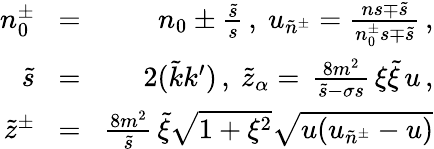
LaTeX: \begin{array}{rlr}{n_{0}^{\pm}\! }&{=}&{\! n_{0}\pm\frac{\tilde{s}}{s}\, ,\ u_{\tilde{n}^{\pm}}=\frac{ns\mp\tilde{s}}{n_{0}^{\pm}s\mp\tilde{s}}\, ,}\\ {\tilde{s}\! }&{=}&{\! 2(\tilde{k}k^{\prime})\, ,\ \tilde{z}_{\alpha}=\, \frac{8m^{2}}{\tilde{s}-\sigma s}\, \xi\tilde{\xi}\, u\, ,}\\ {\tilde{z}^{\pm}\! }&{=}&{\! \frac{8m^{2}}{\tilde{s}}\, \tilde{\xi}\sqrt{1+\xi^{2}}\sqrt{u(u_{\tilde{n}^{\pm}}-u)}}\end{array}